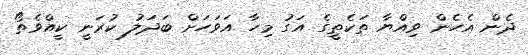
ދެން އެހެން ވިއްޔާ ތަކެތީގެ އަގު މިހާ އަވަހަށް ބަދަލު ކުރަނީ ކީއްވެތޯ